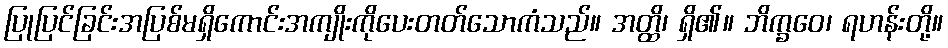
ပြုပြင်ခြင်းအပြစ်မရှိကောင်းအကျိုးကိုပေးတတ်သောကံသည်။ အတ္ထိ၊ ရှိ၏။ ဘိက္ခဝေ၊ ရဟန်းတို့။